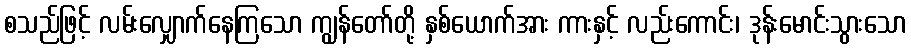
စသည်ဖြင့် လမ်းလျှောက်နေကြသော ကျွန်တော်တို့ နှစ်ယောက်အား ကားနှင့် လည်းကောင်း၊ ဒုန်းမောင်းသွားသော